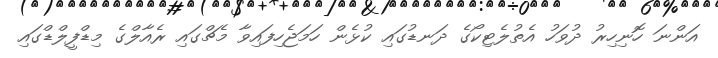
އަންނަ ހޮނިހިރު ދުވަހު އެތުލެޓިކޯގެ ދަނޑުގައި ކުޅެން ހަމަޖެހިފައިވާ މެޗްގައި ރެއާލްގެ މިޑްފީލްޑްގައި